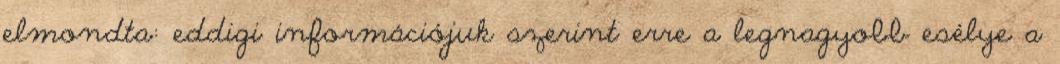
elmondta: eddigi információjuk szerint erre a legnagyobb esélye a